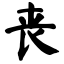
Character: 丧